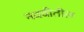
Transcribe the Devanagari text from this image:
नववीतील